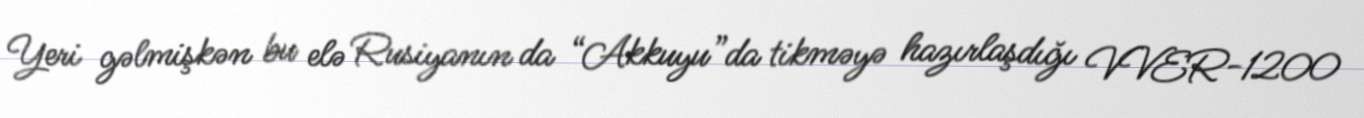
Yeri gəlmişkən bu elə Rusiyanın da “Akkuyu”da tikməyə hazırlaşdığı VVER-1200